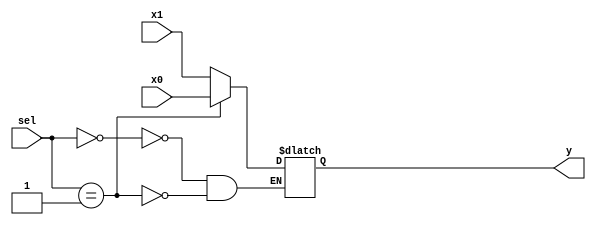
//-----------------------------------------------------------------------------
// Two way MUX.
//
// kombi, 2020.05
//-----------------------------------------------------------------------------

module mux2_one(sel, y, x0, x1);
    input [1:0] sel;
    input x0, x1;
    output y;
    reg y;

always @(x0 or x1 or sel)
begin
    case (sel)
        1'b0: y = x1;
        1'b1: y = x0;
    endcase
end

endmodule